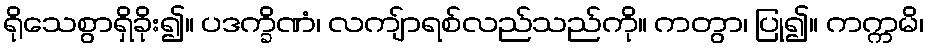
ရိုသေစွာရှိခိုး၍။ ပဒက္ခိဏံ၊ လကျ်ာရစ်လည်သည်ကို။ ကတွာ၊ ပြု၍။ ကက္ကမိ၊